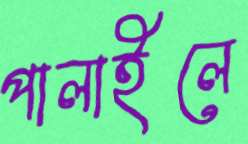
পালাইলে